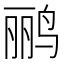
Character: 鹂